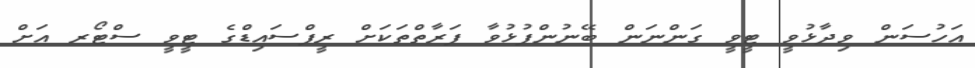
އަހުސަން ވިދާޅުވީ ޓީވީ ގަންނަން ބޭނުންފުޅުވާ ފަރާތްތަކަށް ރީފްސައިޑްގެ ޓީވީ ސްޓޯރ އަށް